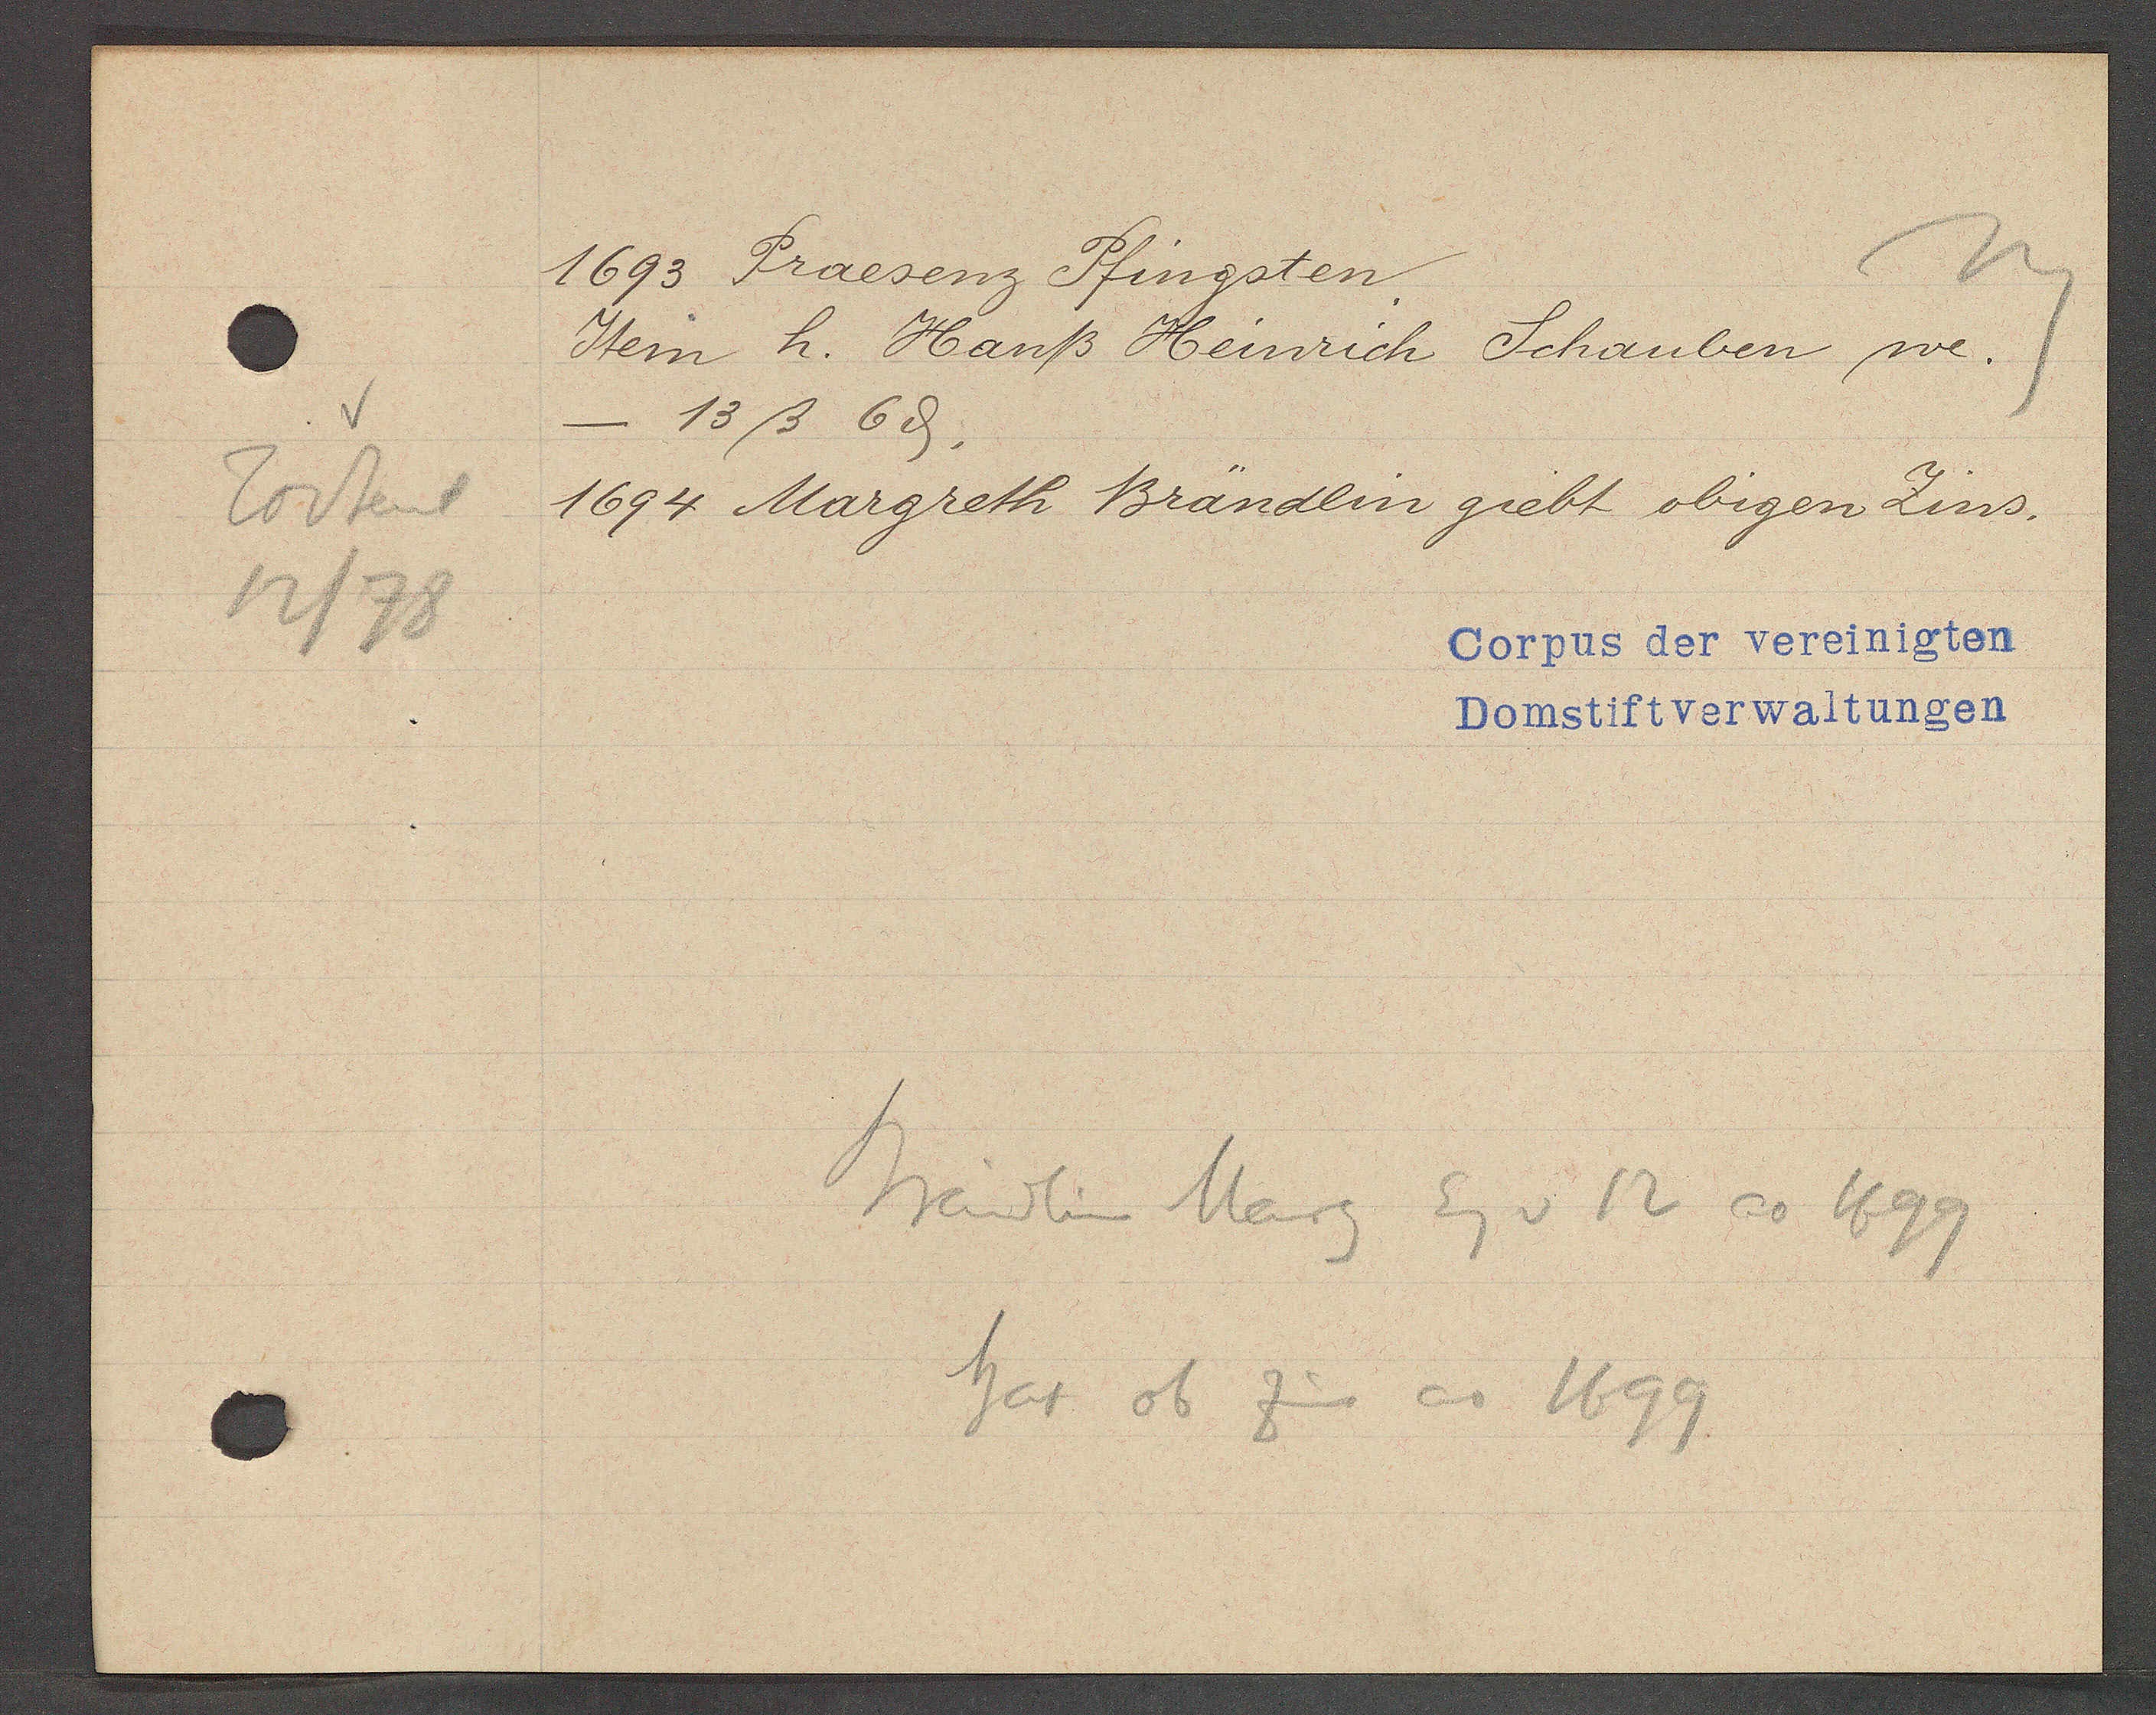
Transcript:
Todtent
12/78

1693 Praesenz Pfingsten.

Item h. Hanß Heinrich Schauben we-
- 13ß 6ȡ.
1694 Margreth Brändlin giebt obigen Zins.

Corpus der vereinigten
Domstiftverwaltungen

Brändlin Marg
hat ob zins ao 1699
Eg v 12 ao 1699